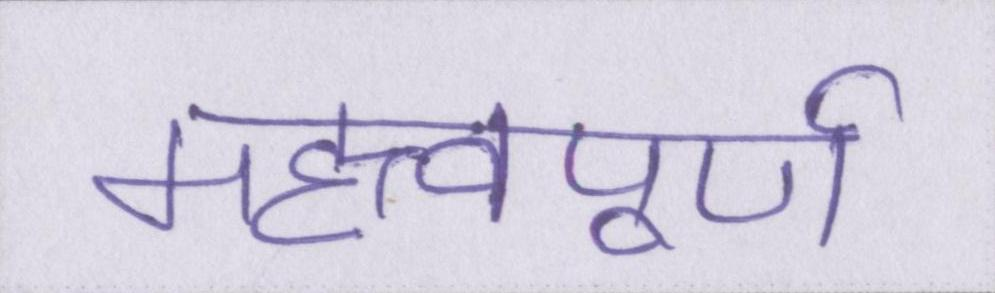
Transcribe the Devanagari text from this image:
महत्त्वपूर्ण